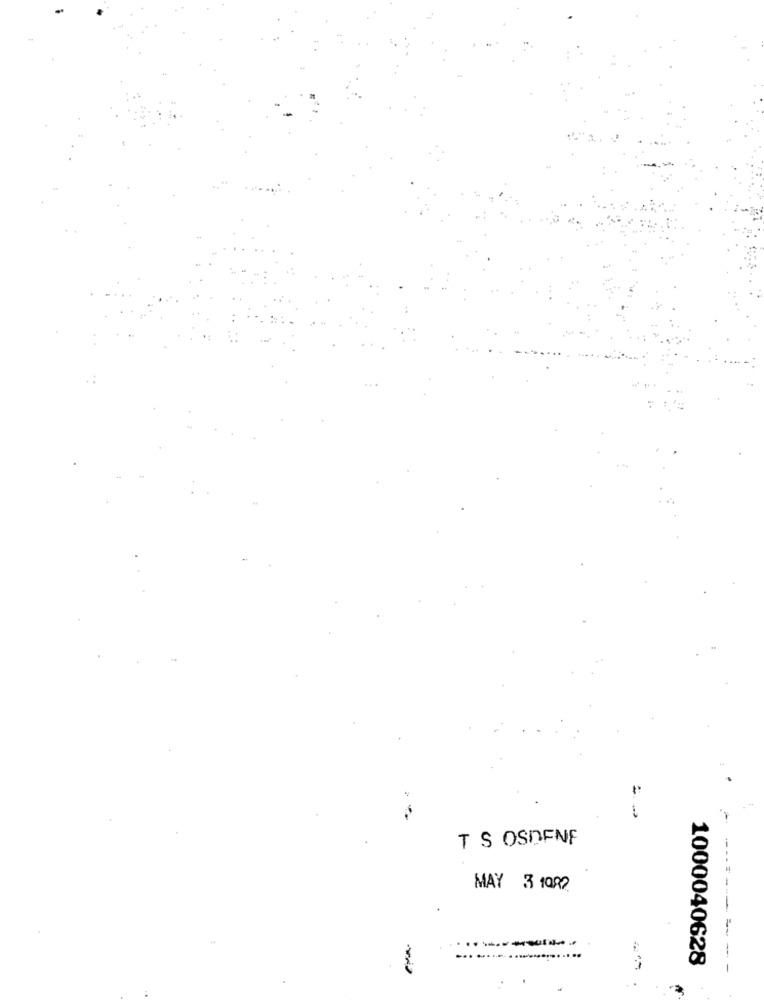
4
T S OSDENF
MAY 3 1000
. ...............
1000040628
-
----------